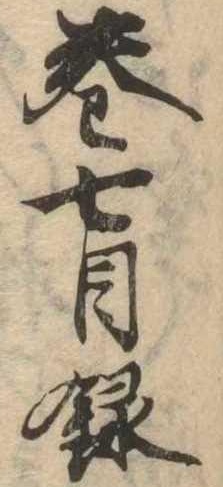
巻七目録